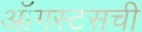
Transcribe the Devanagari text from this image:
ऑगस्टसची